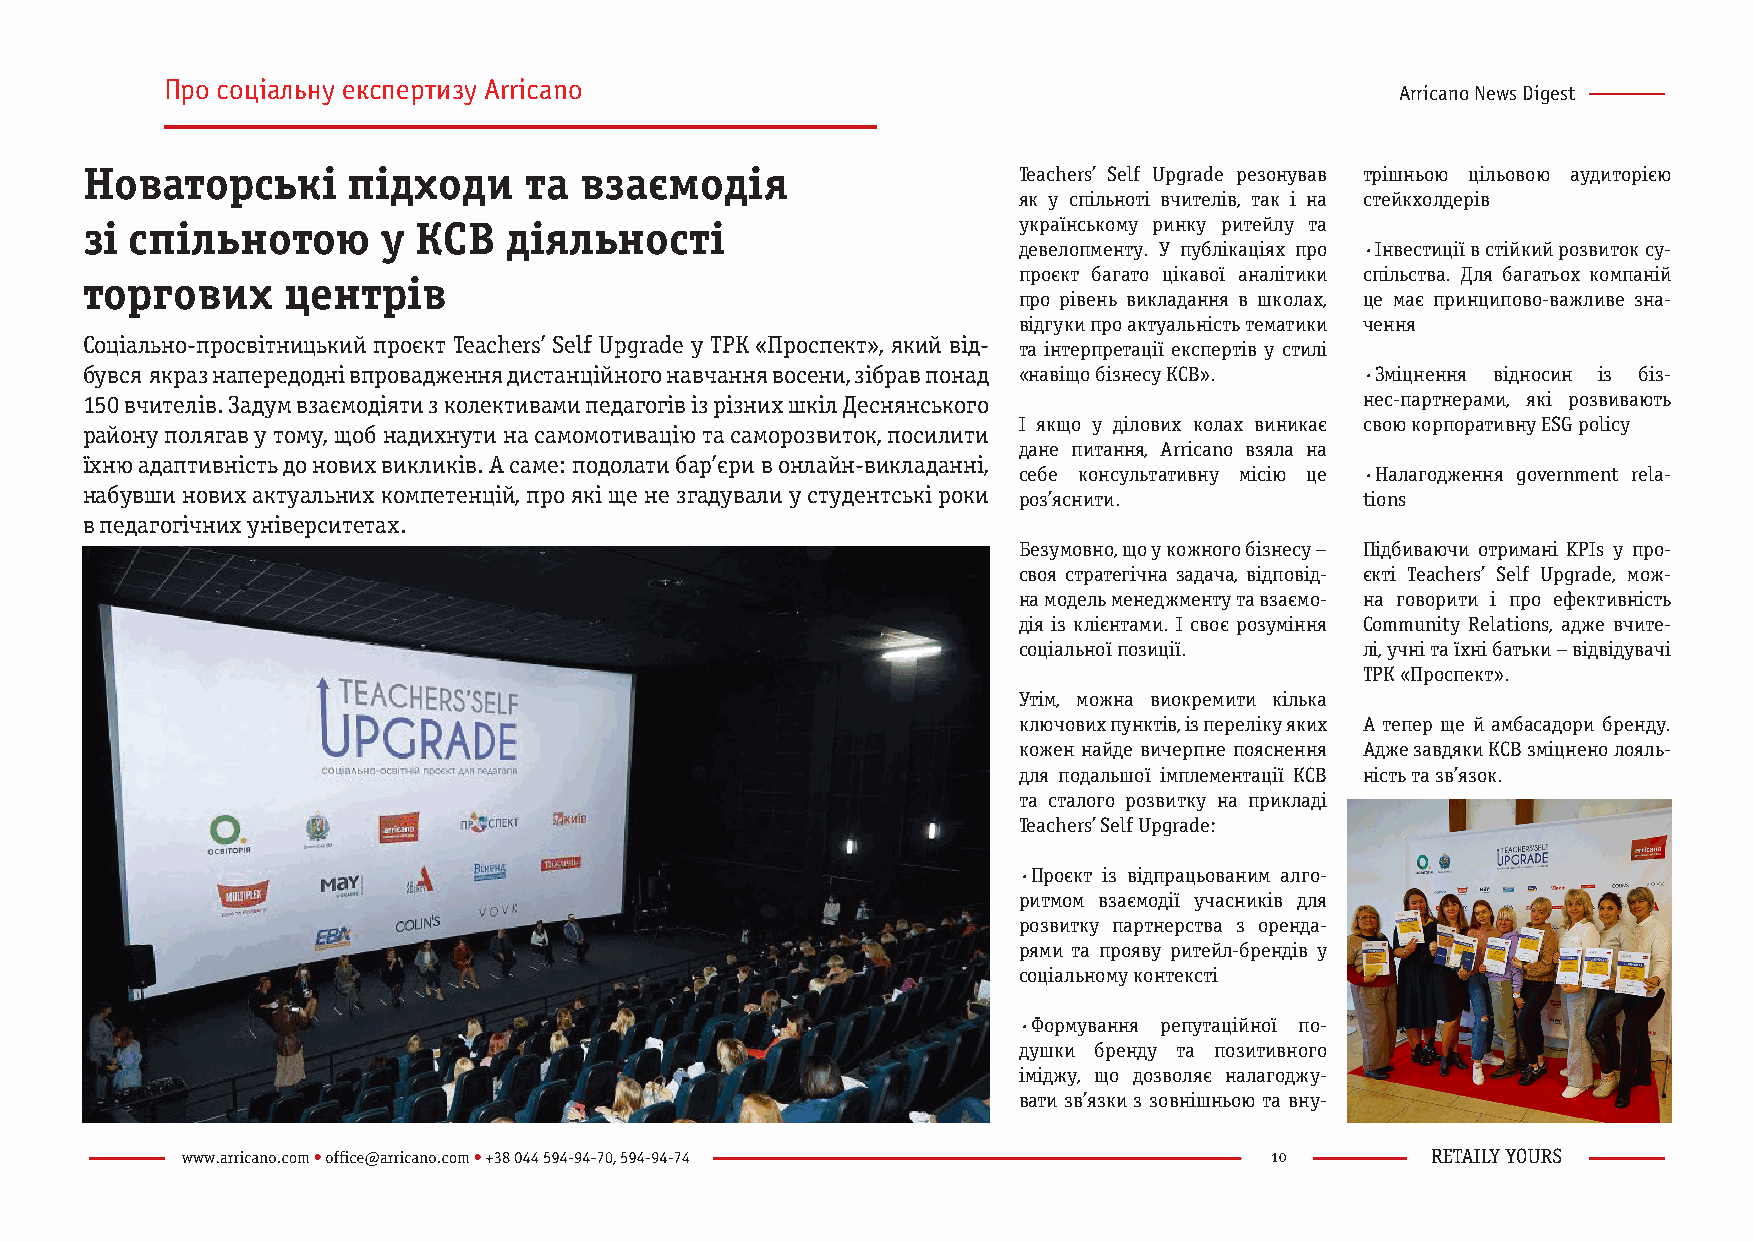
Про соціальну експертизу Arricano
 Arricano News Digest
 Новаторські       підходи     та взаємодія                    Teachers’ Self Upgrade резонував трішньою цільовою аудиторією
 як у спільноті вчителів, так і на стейкхолдерів
 зі  спільнотою      у  КСВ  діяльності                        українському ринку ритейлу та
 девелопменту. У публікаціях про · Інвестиції в стійкий розвиток су-
 проєкт багато цікавої аналітики спільства. Для багатьох компаній
 торгових      центрів
 про рівень викладання в школах, це має принципово-важливе зна-
 відгуки про актуальність тематики чення
 Соціально-просвітницький проєкт Teachers’ Self Upgrade у ТРК «Проспект», який від-
 та інтерпретації експертів у стилі
 бувся якраз напередодні впровадження дистанційного навчання восени, зібрав понад «навіщо бізнесу КСВ». · Зміцнення відносин із біз-
 150 вчителів. Задум взаємодіяти з колективами педагогів із різних шкіл Деснянського  нес-партнерами, які розвивають
 І якщо у ділових колах виникає свою корпоративну ESG policy
 району полягав у тому, щоб надихнути на самомотивацію та саморозвиток, посилити
 дане питання, Arricano взяла на
 їхню адаптивність до нових викликів. А саме: подолати бар’єри в онлайн-викладанні,
 себе консультативну місію це · Налагодження government rela-
 набувши нових актуальних компетенцій, про які ще не згадували у студентські роки
 роз’яснити.            tions
 в педагогічних університетах.
 Безумовно, що у кожного бізнесу – Підбиваючи отримані KPIs у про-
 своя стратегічна задача, відповід- єкті Teachers’ Self Upgrade, мож-
 на модель менеджменту та взаємо- на говорити і про ефективність
 дія із клієнтами. І своє розуміння Community Relations, адже вчите-
 соціальної позиції.    лі, учні та їхні батьки – відвідувачі
 ТРК «Проспект».
 Утім, можна виокремити кілька
 ключових пунктів, із переліку яких А тепер ще й амбасадори бренду.
 кожен найде вичерпне пояснення Адже завдяки КСВ зміцнено лояль-
 для подальшої імплементації КСВ ність та зв’язок.
 та сталого розвитку на прикладі
 Teachers’ Self Upgrade:
 · Проєкт із відпрацьованим алго-
 ритмом взаємодії учасників для
 розвитку партнерства з оренда-
 рями та прояву ритейл-брендів у
 соціальному контексті
 · Формування репутаційної по-
 душки бренду та позитивного
 іміджу, що дозволяє налагоджу-
 вати зв’язки з зовнішньою та вну-
 10